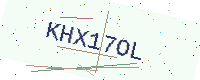
Text: KHX17OL